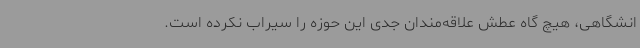
انشگاهی، هیچ گاه عطش علاقه‌مندان جدی این حوزه را سیراب نکرده است.